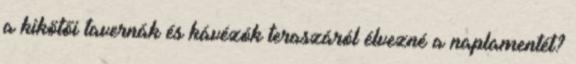
a kikötői tavernák és kávézók teraszáról élvezné a naplamentét?